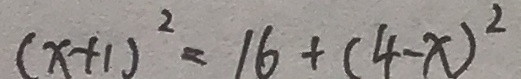
( x + 1 ) ^ { 2 } = 1 6 + ( 4 - x ) ^ { 2 }